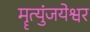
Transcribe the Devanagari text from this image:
मॄत्युंजयेश्वर